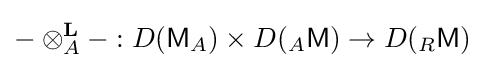
-\otimes _{A}^{\textbf {L}}-:D({\mathsf {M}}_{A})\times D({}_{A}{\mathsf {M}})\to D({}_{R}{\mathsf {M}})